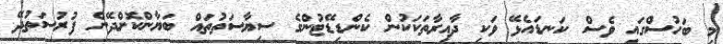
މި ބަހުސްގައި ވެސް ކަނޑައެޅޭ ވަކި ދާއިރާތަކަކުން ކެންޑިޑޭޓުންގެ ސިޔާސަތުތައް ބަޔާންކޮށްދޭން ފުރުސަތުދޭ